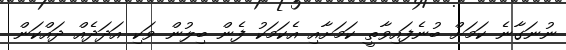
ނުނަގާނެ ކަމަށް ބުނެފައިވާތީ ކަމަށާއި އެކަމަކު ފެން ބިލުން ވަކި އަދަދެއް ދައްކަން